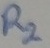
Text: R2